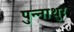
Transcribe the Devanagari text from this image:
पुन्नाथुर